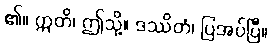
၏။ ဣတိ၊ ဤသို့။ ဒဿိတံ၊ ပြအပ်ပြီ။